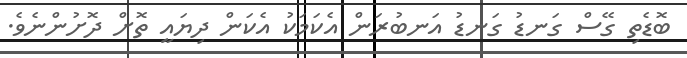
ބޮޑެތި ގޭސް ގަނޑު ގަނޑު އަނބުރަން އެކަމަކު އެކަން ދިޔައީ ތޮށް ދޮށުންނެވެ.